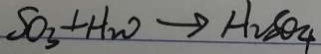
S O _ { 3 } + H _ { 2 } O \rightarrow H _ { 2 } S O _ { 4 }